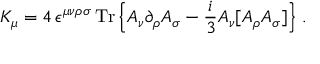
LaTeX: { \cal K } _ { \mu } = 4 \, \epsilon ^ { \mu \nu \rho \sigma } \, \mathrm { T r } \left\{ { \cal A } _ { \nu } \partial _ { \rho } { \cal A } _ { \sigma } - \frac { i } { 3 } { \cal A } _ { \nu } [ { \cal A } _ { \rho } { \cal A } _ { \sigma } ] \right\} \, .